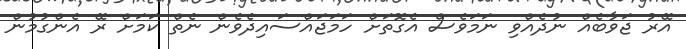
އޭރު ޖަވާބެއް ނުދެއްވި ނަމަވެސް އެގޮތަށް ހަމަޖައްސައިދެވެން ނެތް ކަމަށް ރޭ އެންގުމުން